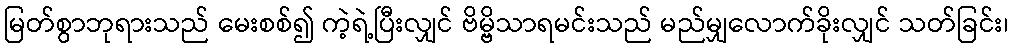
မြတ်စွာဘုရားသည် မေးစစ်၍ ကဲ့ရဲ့ပြီးလျှင် ဗိမ္ဗိသာရမင်းသည် မည်မျှလောက်ခိုးလျှင် သတ်ခြင်း၊